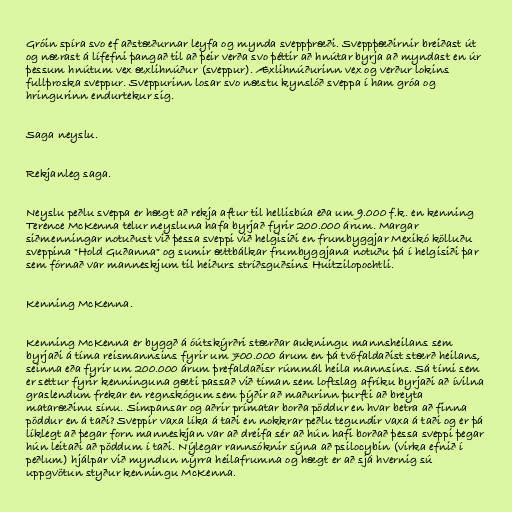
Gróin spíra svo ef aðstæðurnar leyfa og mynda sveppþræði. Sveppþæðirnir breiðast út
og nærast á lífefni þangað til að þeir verða svo þéttir að hnútar byrja að myndast en úr
þessum hnútum vex æxlihnúður (sveppur). Æxlihnúðurinn vex og verður lokins
fullþroska sveppur. Sveppurinn losar svo næstu kynslóð sveppa í ham gróa og
hringurinn endurtekur sig.

Saga neyslu.

Rekjanleg saga.

Neyslu peðlu sveppa er hægt að rekja aftur til hellisbúa eða um 9.000 f.k. en kenning
Terence McKenna telur neysluna hafa byrjað fyrir 200.000 árum. Margar
siðmenningar notuðust við þessa sveppi við helgisiði en frumbyggjar Mexikó kölluðu
sveppina "Hold Guðanna" og sumir ættbálkar frumbyggjana notuðu þá í helgisiði þar
sem fórnað var manneskjum til heiðurs stríðsguðsins Huitzilopochtli.

Kenning McKenna.

Kenning McKenna er byggð á óútskýrðri stærðar aukningu mannsheilans sem
byrjaði á tíma reismannsins fyrir um 700.000 árum en þá tvöfaldaðist stærð heilans,
seinna eða fyrir um 200.000 árum þrefaldaðisr rúmmál heila mannsins. Sá tími sem
er settur fyrir kenninguna gæti passað við tíman sem loftslag afríku byrjaði að ívilna
graslendum frekar en regnskógum sem þýðir að maðurinn þurfti að breyta
mataræðinu sínu. Simpansar og aðrir prímatar borða pöddur en hvar betra að finna
pöddur en á taði? Sveppir vaxa líka á taði en nokkrar peðlu tegundir vaxa á taði og er þá
líklegt að þegar forn manneskjan var að dreifa sér að hún hafi borðað þessa sveppi þegar
hún leitaði að pöddum í taði. Nýlegar rannsóknir sýna að psilocybin (virka efnið í
peðlum) hjálpar við myndun nýrra heilafrumna og hægt er að sjá hvernig sú
uppgvötun styður kenningu McKenna.